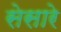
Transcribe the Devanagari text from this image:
सेसारे